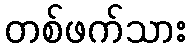
တစ်ဖက်သား